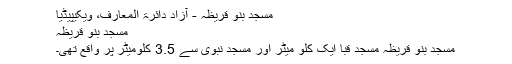
مسجد بنو قریظہ - آزاد دائرۃ المعارف، ویکیپیڈیا
مسجد بنو قریظہ
مسجد بنو قریظہ مسجد قبا ایک کلو میٹر اور مسجد نبوی سے 3.5 کلومیٹر پر واقع تھی۔